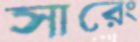
সারেং